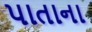
પાતાના